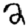
Digit: 2